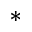
^ \ast